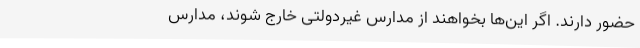
حضور دارند. اگر این‌ها بخواهند از مدارس غیردولتی خارج شوند، مدارس